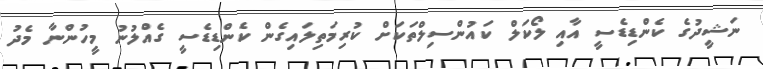
ނަޝީދުގެ ކެންޑިޑެސީ އާއި ލޯކަލް ކައުންސިލްތަކަށް ކުރިމަތިލައިގެން ކެންޑިޑެސީ ގެއްލުނު މީހުންނާ މެދު